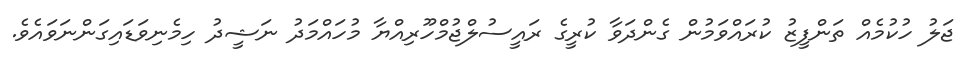
ޖަލު ހުކުމެއް ތަންފީޒު ކުރައްވަމުން ގެންދަވާ ކުރީގެ ރައީސުލްޖުމްހޫރިއްޔާ މުހައްމަދު ނަޝީދު ހިމެނިވަޑައިގަންނަވައެވެ.